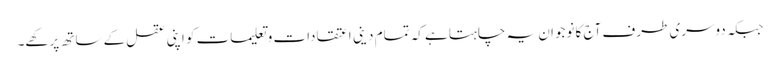
جبکہ دوسری طرف آج کا نوجوان یہ چاہتا ہے کہ تمام دینی اعتقادات و تعلیمات کو اپنی عقل کے ساتھ پرکھے۔